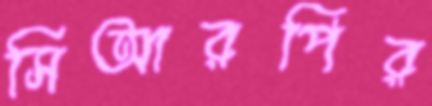
সিআরপির